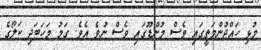
މުޅި ހައްދުންމަތީގައި ވެސް މުންޑޫގައި ވެސް ނުވެ އެވެ. ގަމު މަހަބަދި ކަލޯގެ